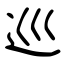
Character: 巡